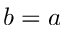
b = a